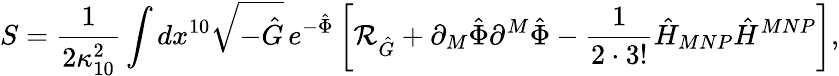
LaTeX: S={\frac{1}{2\kappa_{10}^{2}}}\int dx^{10}\sqrt{-\hat{G}}\, e^{-\hat{\Phi}}\left[{\cal R}_{\hat{G}}+\partial_{M}\hat{\Phi}\partial^{M}\hat{\Phi}-{\frac{1}{2\cdot 3!}}\hat{H}_{MNP}\hat{H}^{MNP}\right],